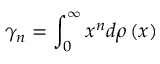
\gamma _ { n } = \int _ { 0 } ^ { \infty } x ^ { n } d \rho \left( x \right)